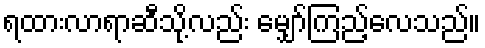
ရထားလာရာဆီသို့လည်း မျှော်ကြည့်လေသည်။